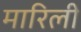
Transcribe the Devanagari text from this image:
मारिली